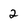
Character: 2